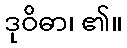
ဒုဝိဓာ၊ ၏။